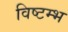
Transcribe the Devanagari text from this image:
विष्टम्भ